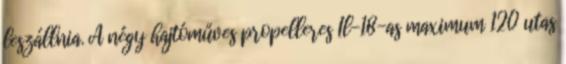
leszállnia. A négy hajtóműves propelleres Il-18-as maximum 120 utas